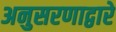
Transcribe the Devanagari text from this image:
अनुसरणाद्वारे